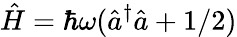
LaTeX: \hat{H}=\hbar\omega(\hat{a}^{\dagger}\hat{a}+1/2)